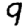
Digit: 9